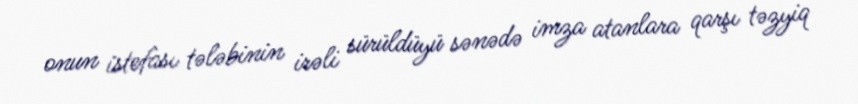
onun istefası tələbinin irəli sürüldüyü sənədə imza atanlara qarşı təzyiq